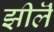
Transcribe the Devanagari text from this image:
झीलॆं